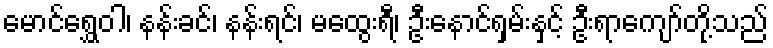
မောင်ရွှေဝါ၊ နန်းခင်၊ နန်းရင်၊ မထွေးရီ၊ ဦးနောင်ရှမ်းနှင့် ဦးရာကျော်တို့သည်